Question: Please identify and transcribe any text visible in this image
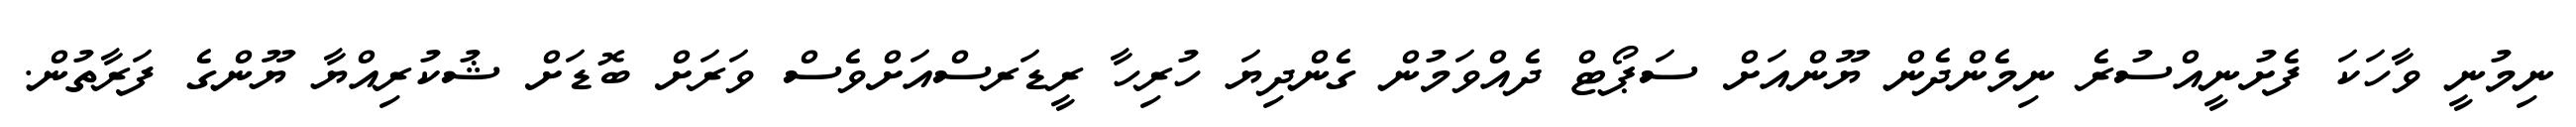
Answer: ނިމުނީ ވާހަކަ ފެށުނީއްސުރެ ނިމެންދެން ޔޫންއަށް ސަޕޯޓް ދެއްވަމުން ގެންދިޔަ ހުރިހާ ރީޑަރސްއަށްވެސް ވަރަށް ބޮޑަށް ޝުކުރިއްޔާ ޔޫންގެ ފަރާތުން.